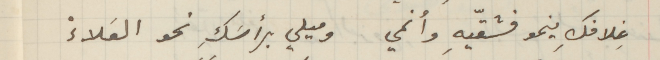
غِلافكِ ينمو فشقّيهِ وأنمي وميلي برأسَكِ نحو العَلاءْ